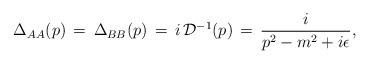
LaTeX: \begin{align*}\Delta_{AA}(p)\,=\,\Delta_{BB}(p)\,=\,i\,{\cal D}^{-1}(p)\,=\,\frac{i}{p^2 - m^2 + i\epsilon},\end{align*}